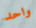
واحد